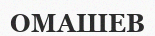
ОМАШЕВ